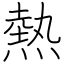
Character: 熱